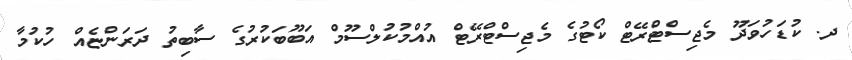
ދ. ކުޑަހުވަދޫ މެޖިސްޓްރޭޓް ކޯޓުގެ މެޖިސްޓްރޭޓް އުއްމުކުލްސޫމް އަބޫބަކުރުގެ ސާބިތު ދަރަންޏެއް ހުކުމާ